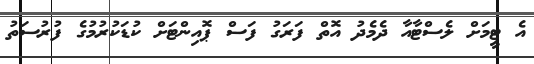
އެ ޓީމަށް ލެސްޓާއާ ދެމެދު އޮތް ފަރަގު ފަސް ޕޮއިންޓަށް ކުޑަކުރުމުގެ ފުރުސަތު